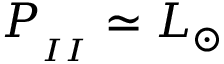
P _ { _ { I I } } \simeq L _ { \odot }